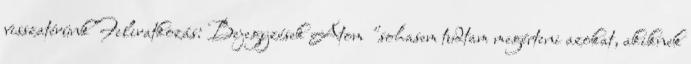
visszatérünk Feliratkozás: Bejegyzések Atom "sohasem tudtam megérteni azokat, akiknek